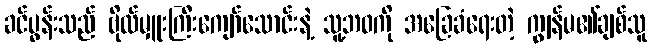
ခင်ပွန်းသည် ဗိုလ်မှူးကြီးကျော်သောင်းနဲ့ သူ့ဘဝကို အခြေခံရေးတဲ့ ကျွန်မ၏ချစ်သူ